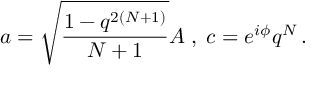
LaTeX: a = \sqrt { \frac { 1 - q ^ { 2 ( N + 1 ) } } { N + 1 } } A \; , \; c = e ^ { i \phi } q ^ { N } \, .